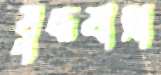
যুদ্ধযাত্রা